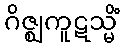
ဂိဇ္ဈကူဋသ္မိံ